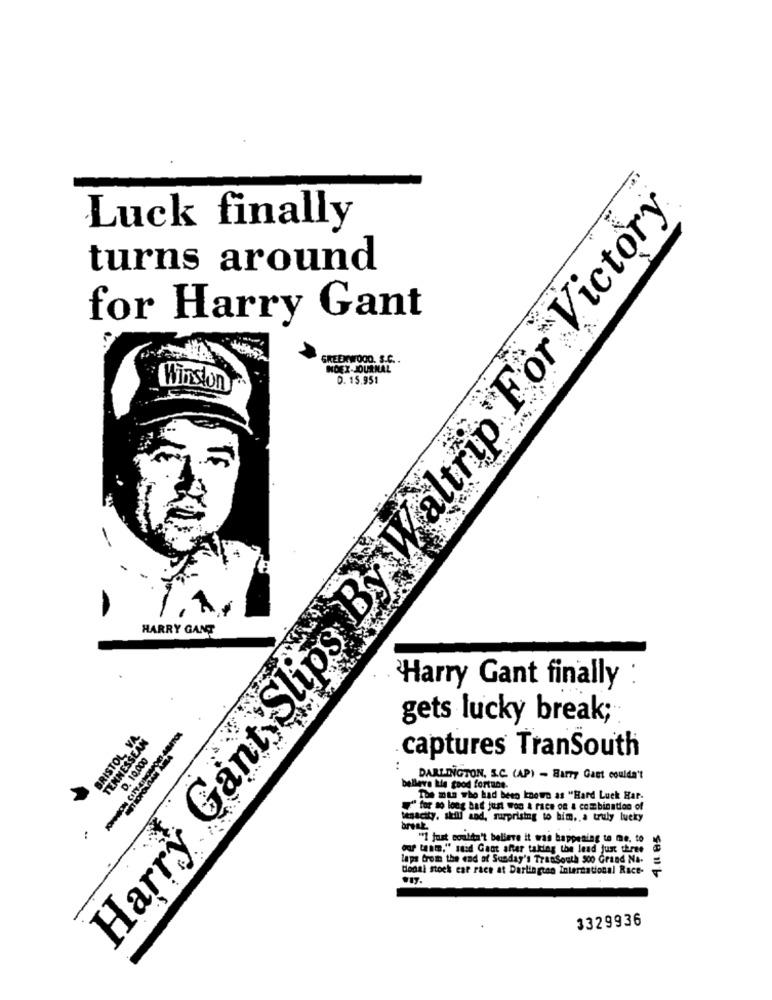
Harry Gant Slips By Waltrip For Victory
Luck finally
turns around
for Harry Gant
GREENWOOD. S.C. .
NOEX-JOURNAL
. 15.951
Winston
HARRY GANT
Harry Gant finally
gets lucky break;
BRISTOL VA
TENNESSEAN
D. 10,000
captures TranSouth
DARLINGTON, S.C. (AP) - Barry Gast couldn't
belleva kle good fortune.
The man who had been known as "Hard Luck Har-
" for so long bat jun was a race on a combination of
tenacity, skill sod, surprising to him, a truly lucky
4.0.05
"] just couldn't believe it was happening to me, to
our team," said Gant after taking the lead just three
laps from the end of Sunday's Trassouth 500 Graad Na-
donal stock car race at Darlington International Race-
.17.
3329936